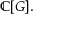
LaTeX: \mathbb { C } [ G ] .